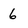
Character: 6